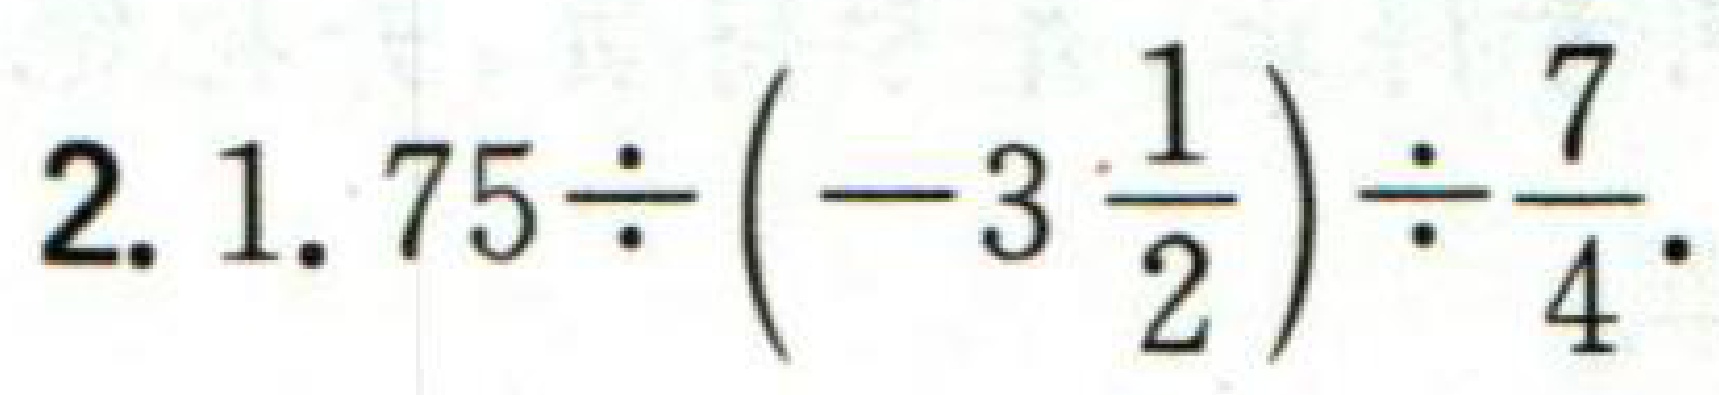
$2.1.75\div \left(-3\frac{1}{2}\right)\div \frac{7}{4}$